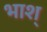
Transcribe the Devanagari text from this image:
भाश्